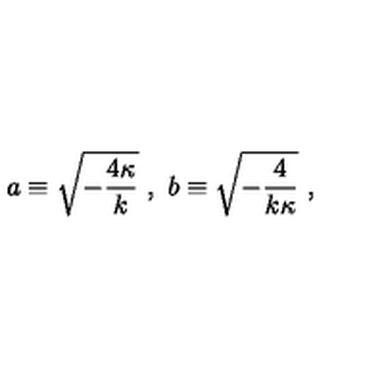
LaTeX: a \equiv \sqrt { - { \frac { 4 \kappa } { k } } } \ , \ b \equiv \sqrt { - { \frac { 4 } { k \kappa } } } \ ,